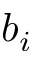
b _ { i }